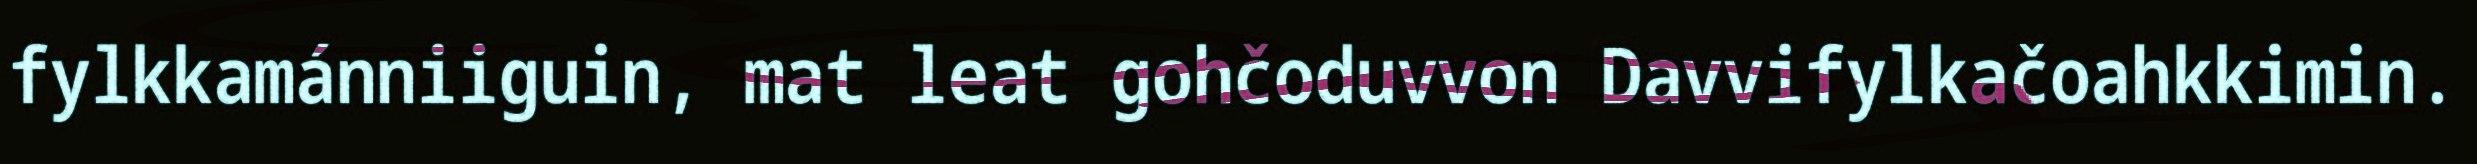
fylkkamánniiguin, mat leat gohčoduvvon Davvifylkačoahkkimin.